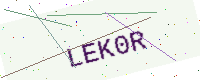
Text: LEK0R